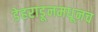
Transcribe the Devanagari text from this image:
डेहराडूनमधूनच